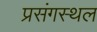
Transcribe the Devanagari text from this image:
प्रसंगस्थल